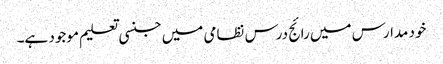
خود مدارس میں رائج درس نظامی میں جنسی تعلیم موجود ہے۔